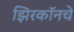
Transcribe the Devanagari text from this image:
झिरकॉनचे